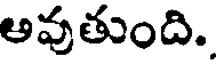
అవుతుంది.